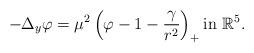
LaTeX: \begin{align*}-\Delta_y \varphi=\mu^{2}\left(\varphi-1-\frac{\gamma}{r^{2}}\right)_{+} \textrm{in}\ \mathbb{R}^{5}.\end{align*}